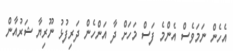
އެހެން ނަމަވެސް އެންމެ ފަސް މަހަށް ދާ އަންހެން ދަރިފުޅު ނޫރިޔާ ޝަރުއާން